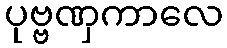
ပုဗ္ဗဏှကာလေ